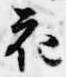
花